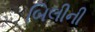
બિલીની